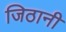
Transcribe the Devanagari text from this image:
जिठानी